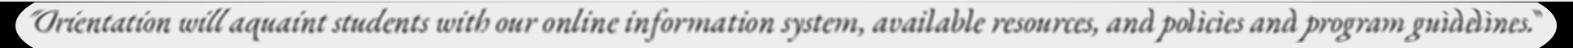
"Orientation will aquaint students with our online information system, available resources, and policies and program guidelines."